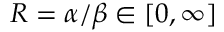
R = { \alpha } / { \beta } \in [ 0 , \infty ]